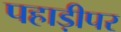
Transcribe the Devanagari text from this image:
पहाड़ीपर